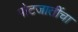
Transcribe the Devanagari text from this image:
पोटजातींचा